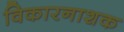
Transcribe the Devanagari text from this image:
विकारनाशक